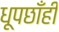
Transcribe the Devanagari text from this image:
धूपछाँही